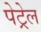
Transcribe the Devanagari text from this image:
पेट्रेल